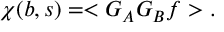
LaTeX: \chi ( b , s ) = < G _ { A } G _ { B } f > .